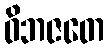
ဝိဘဇတေ